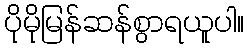
ပိုမိုမြန်ဆန်စွာရယူပါ။